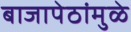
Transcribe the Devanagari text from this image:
बाजापेठांमुळे